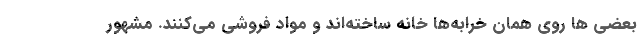
بعضی ها روی همان خرابه‌ها خانه ساخته‌اند و مواد فروشی می‌کنند. مشهور